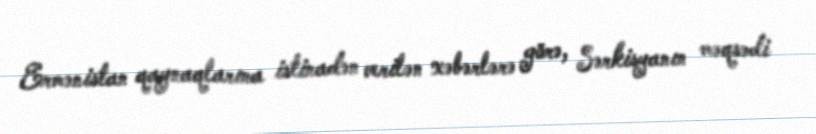
Ermənistan qaynaqlarına istinadən verilən xəbərlərə görə, Sərkisyanın məqsədi